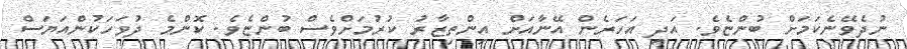
ނުދެވޭނެކަމަށް ބުންޏެވެ. އަދި އަހަރެން އޭނާއަށް އިންތިޒާރު ކުރުމަށްވެސް ބުންޏެވެ. ކޮންމެ ދުވަހަކުންއަޔަސް